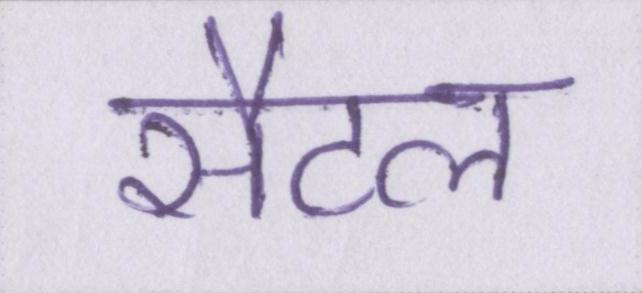
सैटल